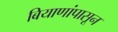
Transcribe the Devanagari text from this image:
बियाणांपासून